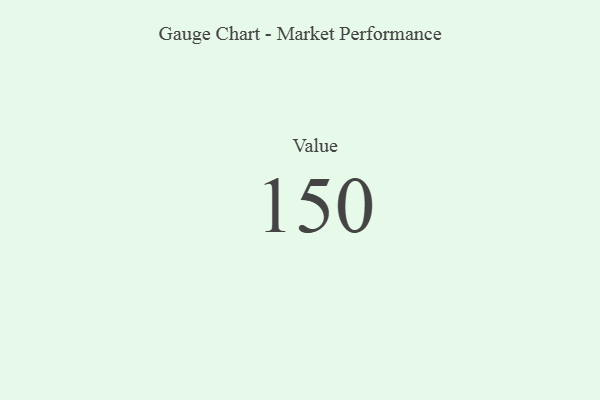
{"axis": {"x": "Metric", "y": "Value"}, "legend": [""], "data": [{"x": "Value", "y": 150, "type": ""}]}